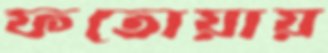
ফতোয়ায়